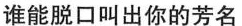
谁能脱口叫出你的芳名